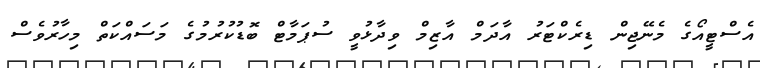
އެސްޓީއޯގެ މެނޭޖިން ޑިރެކްޓަރު އާދަމް އާޒިމް ވިދާޅުވީ ސުޕަމާޓް ބޮޑުކުރުމުގެ މަސައްކަތް މިހާރުވެސް